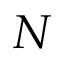
N